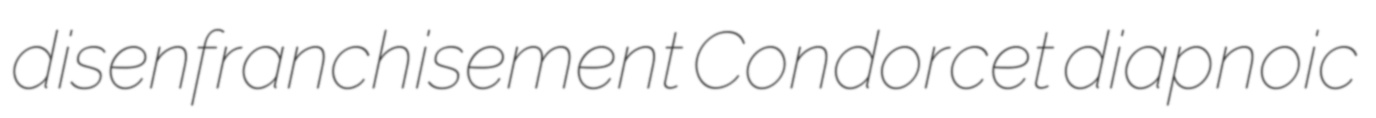
disenfranchisement Condorcet diapnoic